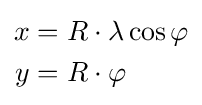
{\begin{aligned}x&=R\cdot \lambda \cos \varphi \\y&=R\cdot \varphi \end{aligned}}